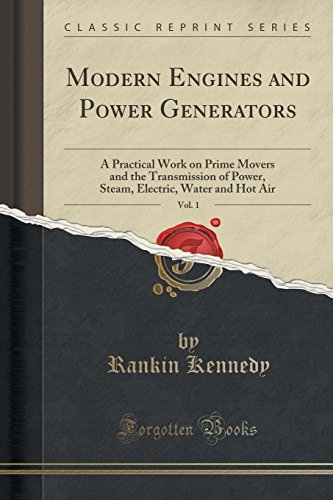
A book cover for Modern Engines and Power Generators, Vol. 1: A Practical Work on Prime Movers and the Transmission of Power, Steam, Electric, Water and Hot Air (Classic Reprint); Rankin Kennedy; Engineering & Transportation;